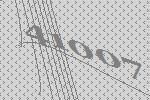
41007